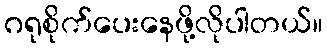
ဂရုစိုက်ပေးနေဖို့လိုပါတယ်။